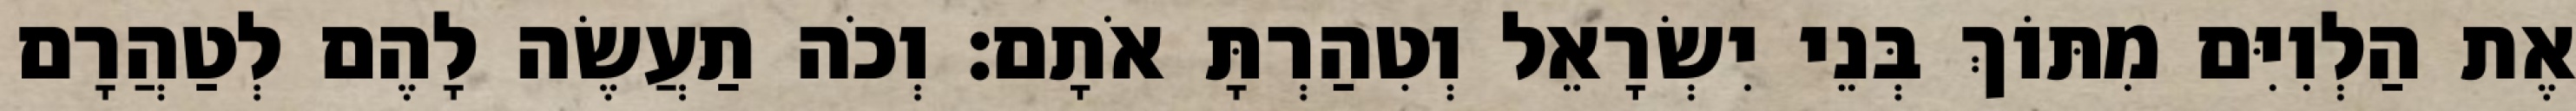
אֶת הַלְוִיִּם מִתּוֹךְ בְּנֵי יִשְׂרָאֵל וְטִהַרְתָּ אֹתָם׃ וְכֹה תַעֲשֶׂה לָהֶם לְטַהֲרָם